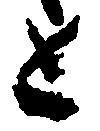
と